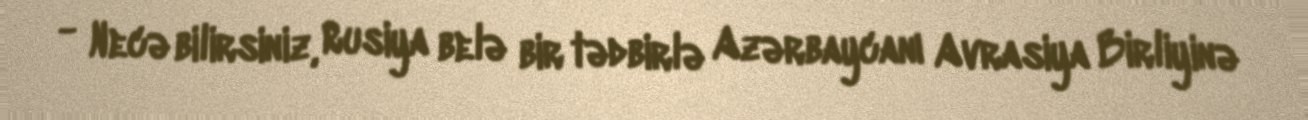
- Necə bilirsiniz, Rusiya belə bir tədbirlə Azərbaycanı Avrasiya Birliyinə